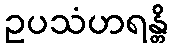
ဥပသံဟရန္တိ